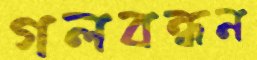
গলবন্ধন